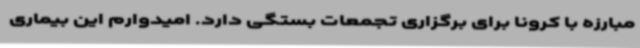
مبارزه با کرونا برای برگزاری تجمعات بستگی دارد. امیدوارم این بیماری